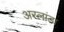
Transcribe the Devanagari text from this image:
अरलांडा